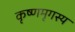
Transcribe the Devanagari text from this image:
कृष्णमृगस्य